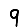
Digit: 9